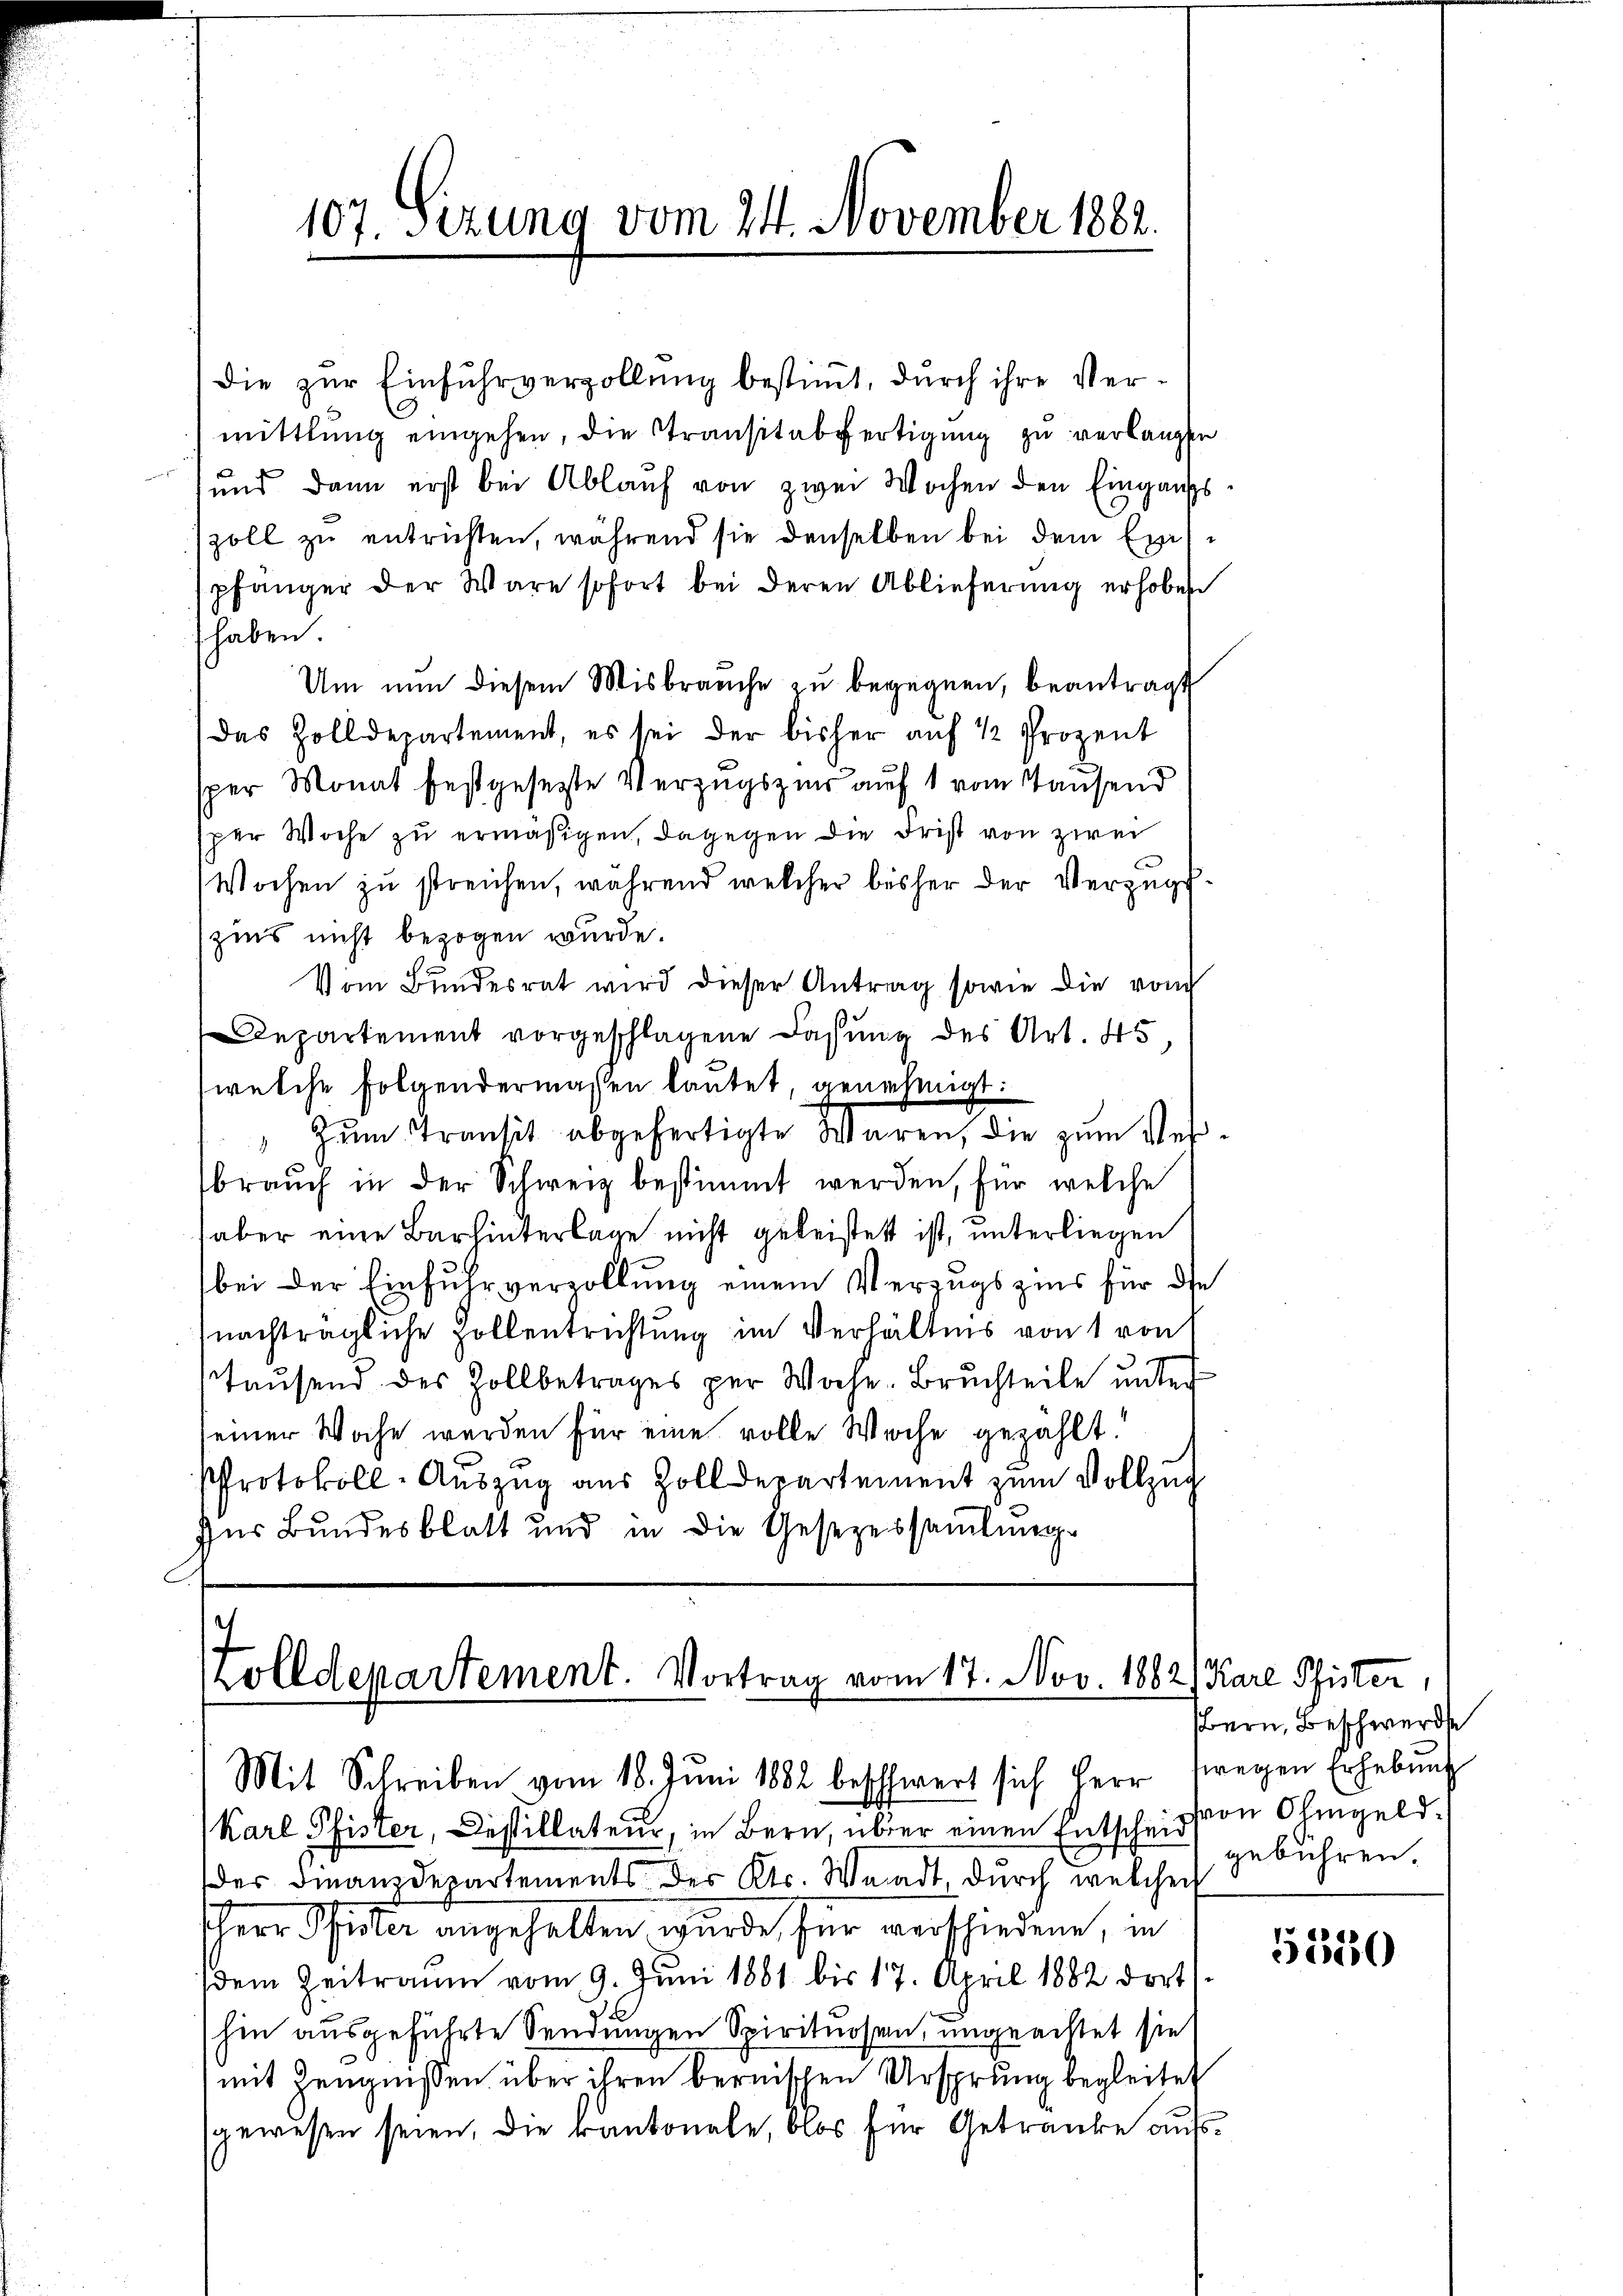
107. Sizung vom 24. November 1882.

die zur Einfuhrverzollung bestimmt, durch ihre Ver¬
.
mittlung eingehen, die Transitabfertigŭng zu verlangte
und dann erst bei Ablauf von zwei Wochen den Eingangs
zoll zu entrichten, während sie denselben bei dem Exepfänger der Wäre sofort bei deren Ablieferung erhoben
haben
Um nun diesem Misbrauche zu begegnen, beantragt
Das Zolldepartement, es sei der bisher auf 12 Prozent
sper Monat festgesetzte Verzugszins auf 1 vom Tausend
sper Woche zu ermäßigen, dagegen die Frist von zwei
Wochen zu streichen, während welcher bisher der Verzugs-
zins nicht bezogen wurde.
Vom Bundesrat wird dieser Antrag sowie die vom
Departement vorgeschlagene Fassung des Art. 45.
welche Folgendermaßen lautet, genehmigt:
Zŭm Transit abgefertigte Waren, die zŭm Ver-
braŭch in der Schweiz bestimmt werden, für welche
aber eine Barhinterlage nicht geleistett ist, unterliegen
bei der Einfuhrvervollung einem Verzugszins für die
nachträgliche Zollentrichtung im Verhältnis von 1 von
tausend des Zollbetrages per Woche-Bruchteile unter
einer Woche werden für eine volle Woche gezahlt.
¬
PProtokoll-Auszug aus Zolldepartement zum Vollzug
Ins Bundesblatt und in die Gesezessammlungs

Zolldepartement. Vortrag vom 17. Nov. 1882) Karl Pfister,
Mit Schreiben vom 18. Juni 1882 beschwert sich Herr wegen Erhebung

Karl Pfister, Destillateurs, in Bern, über einen Entscheid von Ohmgeld.
der Finanzdepartements der Kts. Waadt, durch welchen
Herr Pfister angehalten wurde, für verschiedene, in
dem Zeitraum vom 9. Juni 1881 bis 17. April 1882 dort
hin ausgeführte Sendungen Spirituosen, ungeachtet sie
mit Zeugnissen über ihren bernischen Ursprung begleitet
gewesen seien, die kantonale, blos für Getranke auf¬

Bern, Beschwerde
gebühren.

5550